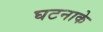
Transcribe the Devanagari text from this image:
घटनाके